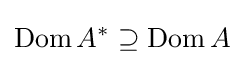
\operatorname {Dom} A^{*}\supseteq \operatorname {Dom} A